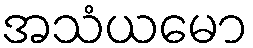
အသံယမော